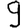
Digit: 9